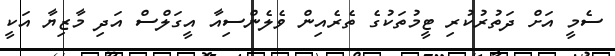
ސެމީ އަށް ދަތުރުކުރި ޓީމުތަކުގެ ތެރެއިން ވެލެންސިއާ އީގަލްސް އަދި މާޒިޔާ އަކީ